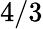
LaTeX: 4/3